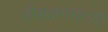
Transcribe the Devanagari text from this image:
गोपाळगडाच्या